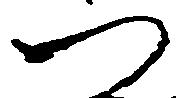
つ